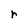
Character: r